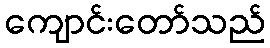
ကျောင်းတော်သည်